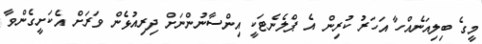
މީގެ ބިލިއަނެއްހާ އަހަރު ކުރިން އެ ޕްލެނެޓަކީ އިންސާނުންނަށް ދިރިއުޅެން ވަރަށް އެކަށީގެންވާ